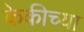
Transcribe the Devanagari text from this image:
केकीच्या